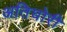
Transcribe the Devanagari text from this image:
अतिघोरी